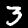
Digit: 3